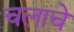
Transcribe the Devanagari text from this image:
चलाचे